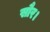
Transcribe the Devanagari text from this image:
सौर।